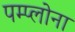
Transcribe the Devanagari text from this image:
पम्प्लोना